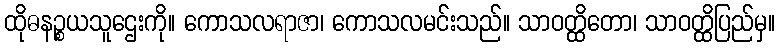
ထိုဓနဉ္စယသူဌေးကို။ ကောသလရာဇာ၊ ကောသလမင်းသည်။ သာဝတ္ထိတော၊ သာဝတ္ထိပြည်မှ။